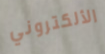
الألكتروني